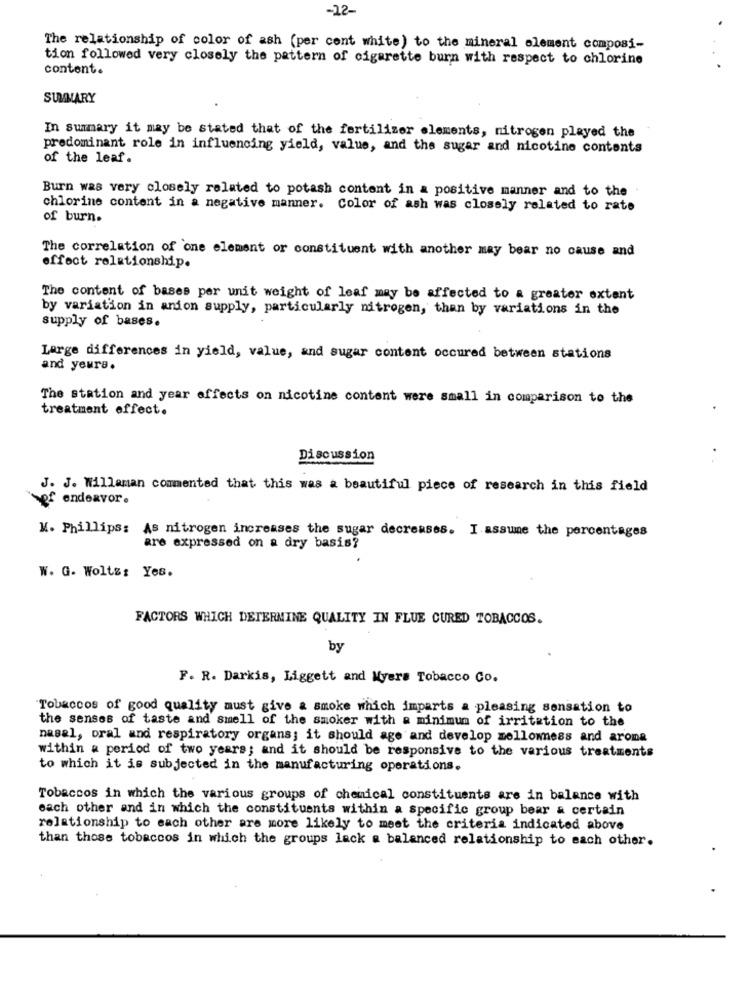
-12-
The relationship of color of ash (per cent white) to the mineral element composi-
tion followed very closely the pattern of cigarette burn with respect to chlorine
content.
.
SUMMARY
In summary it may be stated that of the fertilizer elements, nitrogen played the
predominant role in influencing yield, value, and the sugar and nicotine contents
of the leaf.
Burn was very closely related to potash content in a positive manner and to the
chlorine content in a negative manner. Color of ash was closely related to rate
of burn.
The correlation of one element or constituent with another may bear no cause and
effect relationship.
The content of bases per unit weight of leaf may be affected to a greater extant
by variation in anion supply, particularly nitrogen, than by variations in the
supply of bases.
Large differences in yield, value, and sugar content occured between stations
and yeura.
The station and year effects on nicotine content were small in comparison to the
treatment effect.
Discussion
J. J. Willaman commented that this was a beautiful piece of research in this field
endeavor.
K. Phillips: As nitrogen increases the sugar decreases. I assume the percentages
are expressed on a dry basis?
W. G. Wolts: Yes.
FACTORS WHICH DETERMINE QUALITY IN FLUE CURED TOBACCOS.
by
F. R. Darkis, Liggett and Myers Tobacco Co.
Tobaccos of good quality must give & smoke which imparts a pleasing sensation to
the senses of taste and smell of the smoker with a minimum of irritation to the
nasal, oral and respiratory organs; it should age and develop mellomness and aroma
within a period of two years; and it should be responsive to the various treatments
to which it is subjected in the manufacturing operations.
Tobaccos in which the various groups of chemical constituents are in balance with
each other and in which the constituents within a specific group bear a certain
relationship to each other are more likely to meet the criteria indicated above
than those tobaccos in which the groups lack a balanced relationship to each other.